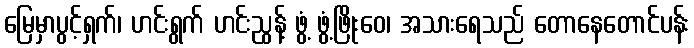
မြေမှာပွင့်ရှက်၊ ဟင်းရွက် ဟင်းညွန့် ဖွံ့ ဖွံ့ဖြိုးဝေ၊ အသားရေသည် တောနေတောင်ပန်း